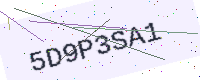
Text: 5D9P3SA1